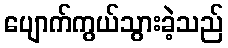
ပျောက်ကွယ်သွားခဲ့သည်